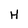
Character: H